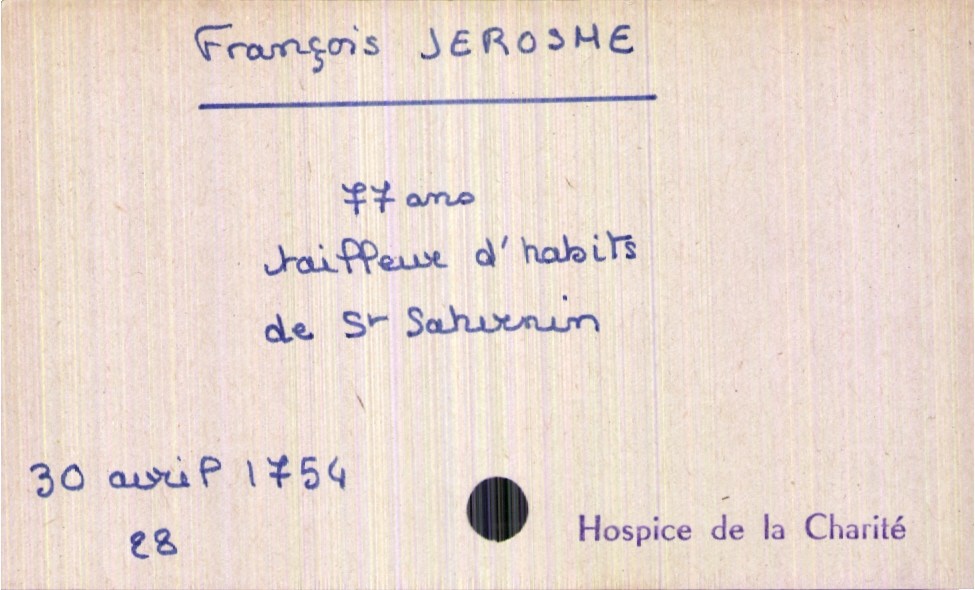
type_acte: Décès
année: 1754
mois: avril
jour: 30
paroisse: Hospice de la Charité
observations: mention de 28 pourquoi ?
défunt_nom: Jerosme
défunt_prénom: François
défunt_sexe: H
défunt_âge: 77 ans
défunt_profession: tailleur d'habits
défunt_lieu_de_vie: Saint Saturnin